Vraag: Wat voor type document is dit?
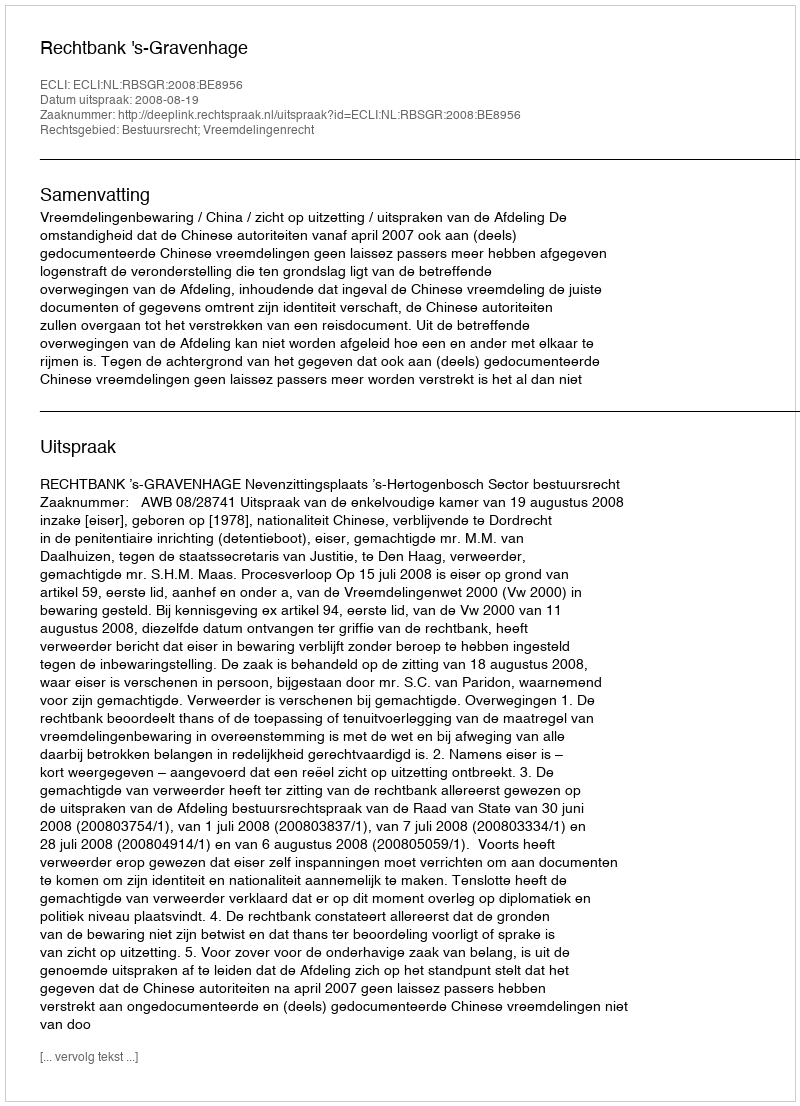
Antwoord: Uitspraak